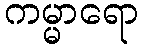
ကမ္မာရော